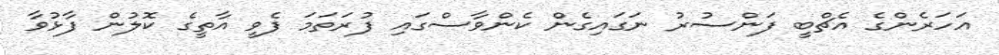
އަހަރެންގެ އެޗްބީ ފަންސުރު ނަގައިގެން ކެންވާސްގައި ފުރަތަމަ ފެވީ އާތީގެ ކޮލުން ފާޅުވާ